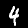
Label: 4